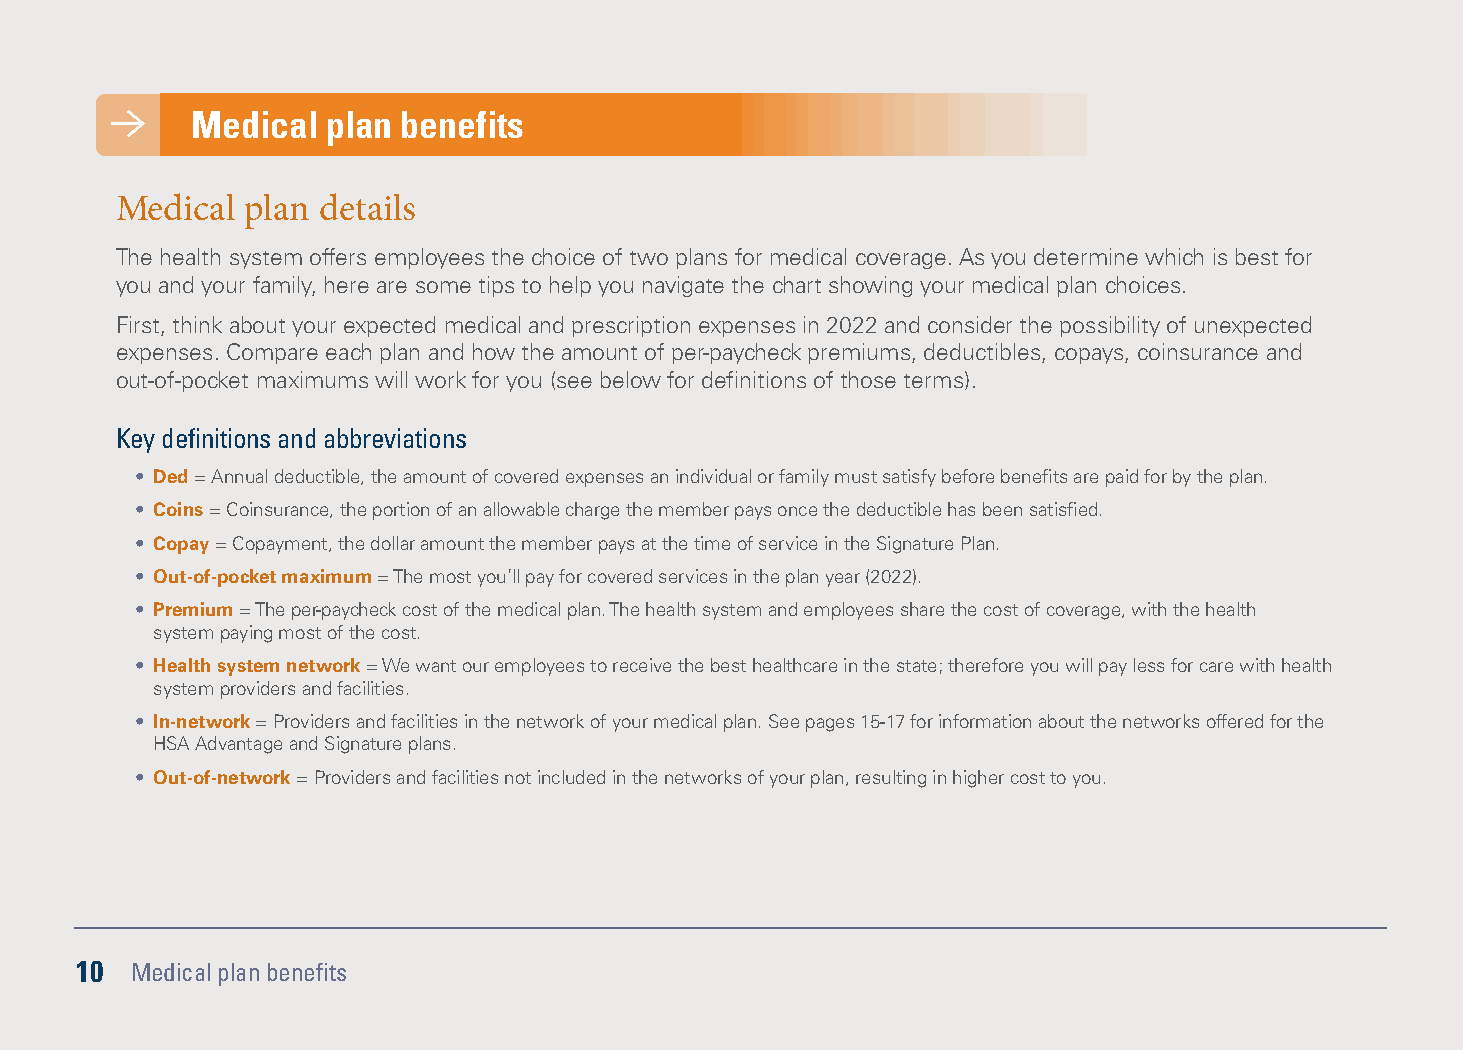
Medical  plan benefits
 Medical plan details
 The health system offers employees the choice of two plans for medical coverage. As you determine which is best for
 you and your family, here are some tips to help you navigate the chart showing your medical plan choices.
 First, think about your expected medical and prescription expenses in 2022 and consider the possibility of unexpected
 expenses. Compare each plan and how the amount of per-paycheck premiums, deductibles, copays, coinsurance and
 out-of-pocket maximums will work for you (see below for definitions of those terms).
 Key definitions and abbreviations
 • Ded = Annual deductible, the amount of covered expenses an individual or family must satisfy before benefits are paid for by the plan.
 • Coins = Coinsurance, the portion of an allowable charge the member pays once the deductible has been satisfied.
 • Copay = Copayment, the dollar amount the member pays at the time of service in the Signature Plan.
 • Out-of-pocket maximum = The most you’ll pay for covered services in the plan year (2022).
 • Premium = The per-paycheck cost of the medical plan. The health system and employees share the cost of coverage, with the health
 system paying most of the cost.
 • Health system network = We want our employees to receive the best healthcare in the state; therefore you will pay less for care with health
 system providers and facilities.
 • In-network = Providers and facilities in the network of your medical plan. See pages 15-17 for information about the networks offered for the
 HSA Advantage and Signature plans.
 • Out-of-network = Providers and facilities not included in the networks of your plan, resulting in higher cost to you.
 10  Medical plan benefits